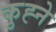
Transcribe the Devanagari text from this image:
कुह्ने